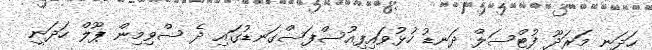
ހަދަނީ މަރަދޫ ފުޓްސަލް ދަނޑު ހުޅުވައިފިއުސްފަސްގަނޑުގައި ދެ ސްވިމިން ޕޫލް ހަދަނީ